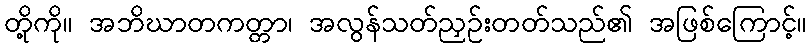
တို့ကို။ အဘိဃာတကတ္တာ၊ အလွန်သတ်ညှဉ်းတတ်သည်၏ အဖြစ်ကြောင့်။